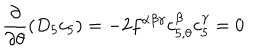
LaTeX: \frac { \partial } { \partial \theta } ( D _ { 5 } c _ { 5 } ) = - 2 f ^ { \alpha \beta \gamma } c _ { 5 , \theta } ^ { \beta } c _ { 5 } ^ { \gamma } = 0